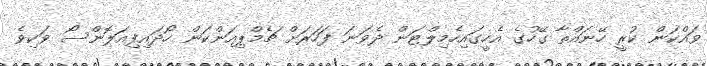
ވައްކަން ކުރީ ހޭނައްތާ ގޭހުގެ އެހީގައިހެމިލްޓަން ދެވަނަ ފަހަރަށް ޗެމްޕިއަންކަން ހޯދައިފިއަލޮންސޯ ވަކިވެ